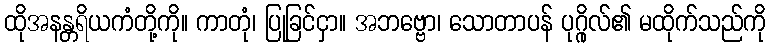
ထိုအနန္တရိယကံတို့ကို။ ကာတုံ၊ ပြုခြင်ငှာ။ အဘဗ္ဗော၊ သောတာပန် ပုဂ္ဂိုလ်၏ မထိုက်သည်ကို